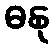
ဓနု